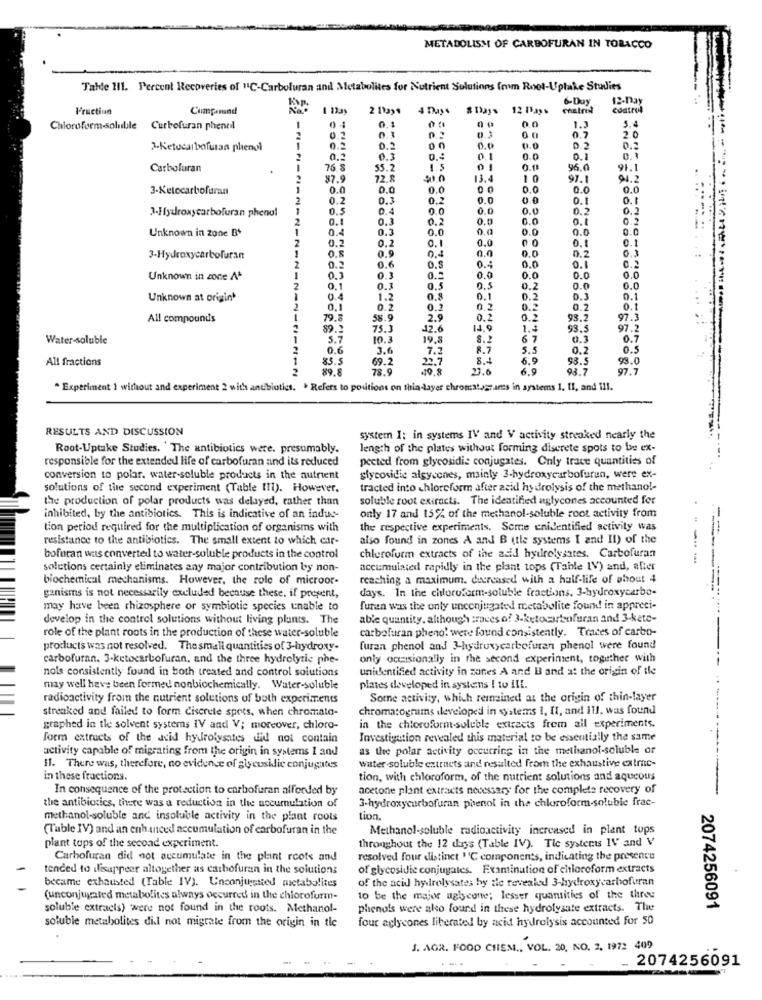
METABOLISM OF CARBOFURAN IN TOBACCO
Tahle 111. Percent Recoveries of "C-Carbofuran and Metabolites for Nutrient Solutions (nm Root-Uptake Studies
6-Duy
12-Day
Fraction
Cumparund
& Days 12 Pays
chstret
Control
5.4
Curbofuran phenel
0.7
1.3
0 2
2.0
1-Ketucarbofuran phenol
00
0.0
0.0
0.2
0.2
0.3
0.1
0.0
0.1
Carbofuran
76
55.2
1.5
96.0
91.1
87.
72.S
FICHINC
13.4
10
97.
94.2
3-Ketocarbofuran
0.0
0.0
0.0
00
0.0
0.0
0.0
0.2
0.3
0.2
0.0
0.0
0.1
0.1
3-Hydroxycarbofuran phenol
0.5
0.4
0.0
0.0
0.0
0.2
0.2
0.1
0.3
0.2
0.0
0.0
0.1
0.2
Unknown in zone B+
0.4
0.3
0.0
0.0
0.0
0.0
0.0
0.2
0.1
0.0
C
0.1
0.1
0.2
0.9
0.0
0.0
0.2
03
3-Hydroxycarbofuran
0.8
0.6
0.4
0.2
0.4
0.0
0.1
0.2
Unknown in zone At
0.3
0.3
0.0
0.0
O.C
0.0
0.1
0.3
0.5
0.5
0.2
0.0
0.0
Unknown at origin
0.4
1.2
0.1
0.2
D.J
0.1
0.
0.
0.
0,2
0.
0.2
0.1
All compounds
79.8
58.9
2.9
0.2
93.2
97.3
89.2
75.3
12.6
1.4
93.5
97.2
Water-soluble
5.7
10.3
19.8
8.2
67
0.7
0.6
3.6
7.2
8.7
5.5
0.2
0.5
All fractions
85.5
69.2
227
5.4
6.9
93.5
93.0
89.8
78.9
10.8
23.6
6.9
93.7
97.7
. Experiment 1 without and experiment 2 with antibiotics. > Refers to positions on thia-layer chromategrants in systems 1. 11, and 111.
RESULTS AND DISCUSSION
system I: in systems IV and V activity streaked nearly the
Root-Uptake Studies. The antibiotics were. presumably.
length of the plates without forming discrete spots to be ex-
responsible for the extended life of carbofuran and its reduced
pected from glycosidie conjugates. Only trace quantities of
conversion to polar. water-soluble products in the nutrient
glycosidie algycones, mainly 3-hydroxycarbofuran, were ex-
solutions of the second experiment (Table III). However.
tracted into chloroform after acid hydrolysis of the methanol-
the production of polar products was delayed, rather than
soluble root extracts. The identified uglycones accounted for
inhibited, by the antibiotics. This is indicative of an indias
only 17 and 15% of the methanol-soluble root activity from
tion period required for the multiplication of organisms with
the respective experiments. Some unidentified activity was
resistance to the antibiotics. The small extent to which car-
also found in zones A and B (tle systems I and II) of the
--
bofuran was converted to water-soluble products in the control
chloroform extracts of the add hyilrelysates. Carbofuran
solutions certainly eliminates any major contribution by non-
accumulated rapidly in the plant tops (Table IV) and, after
------
biochemical mechanisms. However, the role of microor-
reaching a maximum. decreased with a half-life of about 4
days. In the chloroform-soluble fractions, 3-hydroxycarbo-
ganisms is not necessarily excluded because these. if present,
may have been rhizosphere or symbiotic species unable to
furan wais the only unconjugated metabolite found in appreci-
develop in the control solutions without living plants. The
able quantity. although :races of 3-ketocartonfuran and 3-kate-
carbofuran pheno! were found consistently. Traces of carbo-
-------
role of the plant roots in the production of these water-soluble
products was not resolved. The small quantities of 3-hydroxy-
furan phenol and 3-hydroxycarbofuran phenol were found
carbofuran. 3-ketocarbofuran, and the three hydrolytic phe-
only occasionally in the second experiment, together with
nols consistently found in both treated and control solutions
unidentified activity in zones A and B and at the origin of ile
-
may well have been formed nonbiochemically. Water-soluble
plates developed in systemns ! to il !.
radioactivity from the nutrient solutions of both experiments
Some activity, which remained at the origin of thin-layer
streaked and failed to form discrete spots, when chromato-
chromatograms developed in systems 1, It, and ill, was found
graphed in the solvent systems IV and V; moreover, chloro-
in the chloroform-soluble extracts frem ail experiments.
form extracts of the acid hydrolysates did not contain
Investigation revealed this material to be essentially the same
activity capable of migrating from the origin in systems 1 and
as the polar activity occurring in the methanol-soluble or
Il. There was, therefore, no evidence of glycusidlic conjugates
water soluble extracts and resulted from the exhaustive extrac-
in these fractions.
tion, with chloroform, of the nutrient solutions and aqueous
In consequence of the protection to carbofuran alforded by
acetone plant extracts necessary for the complete recovery of
-
the antibiotics, there was a reduction in the accumulation of
3-hydroxycarbofuran phenol in the chloroform-soluble frac-
methanol-soluble and insoluble activity in the plant roots
tion.
(Table IV) and an enhanced accumulation of carbofuran in the
Methanol-soluble radioactivity increased in plant tops
plant tops of the second experiment.
throughout the 12 days (Table IV). Tie systems IV and V
Carbofuran did not accumulate in the plant roots and
resolved four distinct "C components, indicating the presence
tended to ilisuppeer altogether as carbofuran in the solutions
of glycosidie conjugates. Examination of chloroform extracts
became exhausted (Table IV). Unconjugated metabolites
of the acid hydrolysates hy ile revealed 3-hydroxycarbofuran
(unconjugated metabolites always occurred in the chiorofurm-
to be the major aglycone; lesser quantities of the three
soluble extracts) were not found in the roots. Methanol-
phenols were ako found in these hydrolysate extracts. The
2074256091
four aglycones liberated by acid hydrolysis accounted for 50
soluble metabolites did not migrate from the origin in tle
J. AGR. FOOD CHEM ., VOL. 20, NO. 2, 1972 409
2074256091